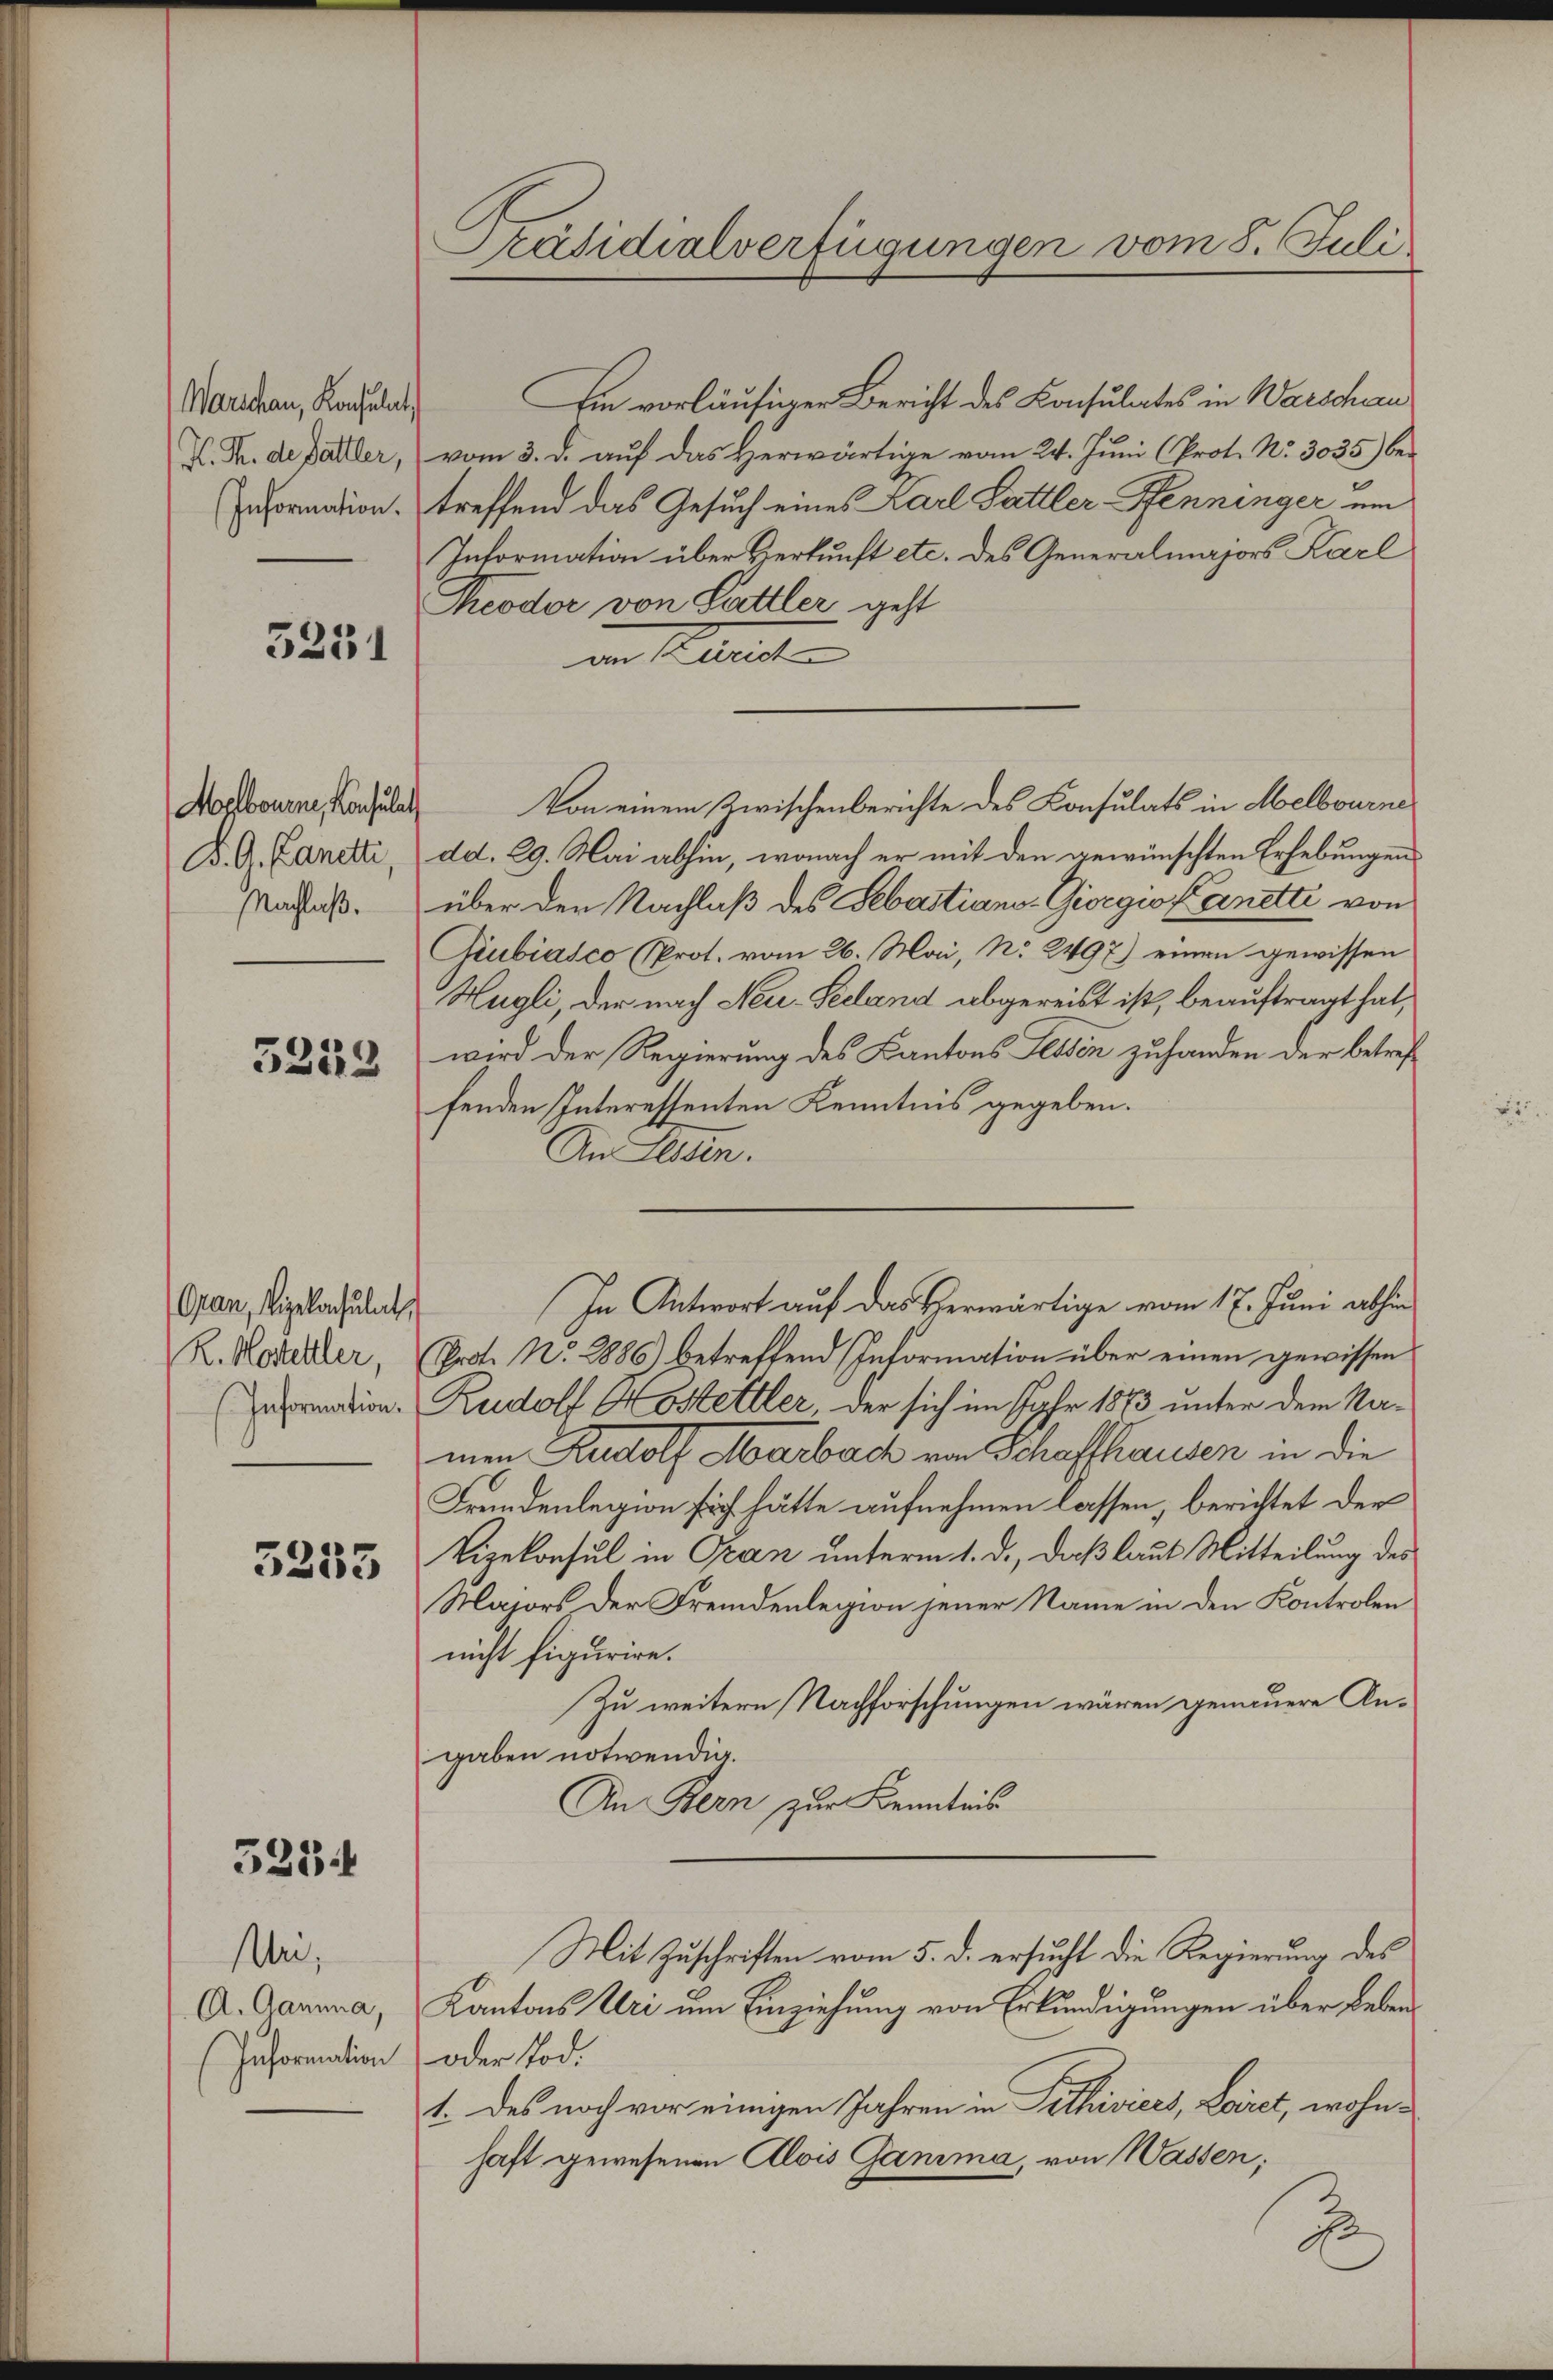
Warschau, Konsulat
H. T. de Dättler,
Information.

5231

K. A. Lanetti,
Nachlaß.

5219

Opan, Sigelaculat,
R. Kosteller,
Information.

3235

5234

Mei,
A. Gamina,
Information

Präsidialverfügungen vom 8. Juli.

Ein vorläufiger Bericht des Konsulates in Warschau
vom 3. d. auf das Herwärtige vom 24. Juni (Prot. No. 3035) betreffend das Gesuch eines Karl Sattler-Penninger ein
Information über Herkunft etc. des Generalmajors Karl
Theodor von Sattler geht
im Alterst
Wosbourne, als von einem Zwischenberichte des Consulats in Melbourne
dd. 29. Mai abhin, wonach er mit den gewünschten Erhebungen
über der Nachlaß des Sebastiano-Giorgio Karnetti von
Giubiasco (Prot. vom 26. Mai, No 2497) einen gewissen
Hügli, der nach Neu-Seeland abgereist ist, beauftragt hat,
wird der Regierung des Kantons Leiden zuhanden der betreffenden Interessenten Kenntnis gegeben.
An Hessin.
Prot. No. 2886) betreffend Information über einen gewissen
Rudolf Kostettler, der sich im Jahr 1873 unter dem Namen Rudolf Marbach von Schaffhausen in die
Fründenlegion sich hätte aufnehmen lassen, berichtet der
Vizekonsul in Gran unterm 1. d., daß laut Mitteilung des
Majors der Fremdenlegion jener Name in den Kontrolen
nicht figurire.
Zu weitern Nachforschungen wären genauere Angaben notwendig.
An Bern zur Kenntnis
Mit Zuschriften vom 5. d. ersucht die Regierung des
Kantons Uri um Einziehung von Erkundigungen über Leben¬
oder Tod.
1. Des noch vor einigen Jahren in Pethivices, Laret, wohnhaft gewesenen Alois Ganima, von Wassen;
2

In Antwort auf das Herwärtige vom 17. Juni abhin